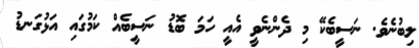
ލިބުނެވެ. ނަސީބެކޭ މި ދެންނެވީ އެއީ ހަމަ ބޮޑު ނަސީބެއް ކަމުގައި އަޅުގަނޑު